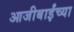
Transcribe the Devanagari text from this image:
आजीबाईंच्या